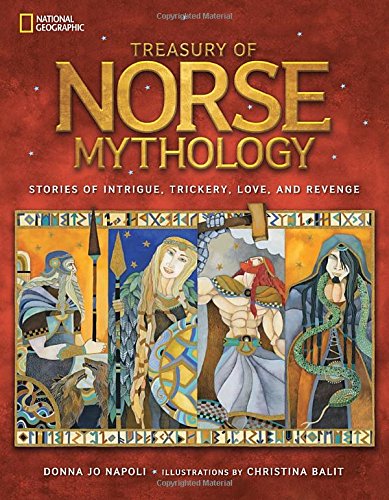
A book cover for Treasury of Norse Mythology: Stories of Intrigue, Trickery, Love, and Revenge; Donna Jo Napoli; Children's Books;